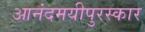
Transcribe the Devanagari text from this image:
आनंदमयीपुरस्कार